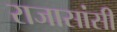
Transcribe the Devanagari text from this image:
राजासांसी